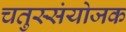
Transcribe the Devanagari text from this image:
चतुस्संयोजक